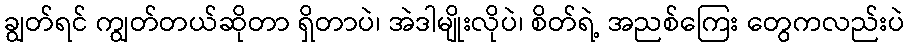
ချွတ်ရင် ကျွတ်တယ်ဆိုတာ ရှိတာပဲ၊ အဲဒါမျိုးလိုပဲ၊ စိတ်ရဲ့ အညစ်ကြေး တွေကလည်းပဲ